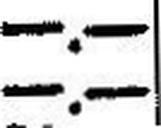
—.—